Madras plague regulations in force outside the Presidency town - Volume 1
Disease focus: Plague
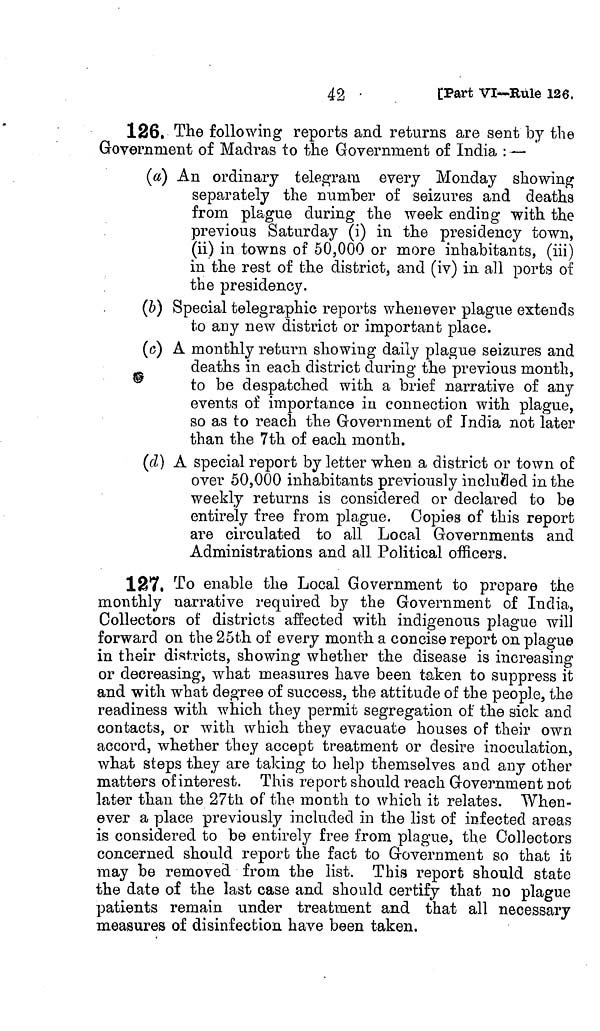
42 •
[Part VI—Rule 126.
126. The following reports and returns are sent by the
Government of Madras to the Government of India : —
(a) An ordinary telegram every Monday showing
separately the number of seizures and deaths
from plague during the week ending with the
previous Saturday (i) in the presidency town,
(ii) in towns of 50,000 or more inhabitants, (iii)
in the rest of the district, and (iv) in all ports of
the presidency.
(b) Special telegraphic reports whenever plague extends
to any new district or important place.
(c) A monthly return showing daily plague seizures and
deaths in each district during the previous month,
to be despatched with a brief narrative of any
events of importance in connection with plague,
so as to reach the Government of India not later
than the 7th of each month.
(d) A special report by letter when a district or town of
over 50,000 inhabitants previously included in the
weekly returns is considered or declared to be
entirely free from plague. Copies of this report
are circulated to all Local Governments and
Administrations and all Political officers.
127. To enable the Local Government to prepare the
monthly narrative required by the Government of India,
Collectors of districts affected with indigenous plague will
forward on the 25th of every month a concise report on plague
in their districts, showing whether the disease is increasing
or decreasing, what measures have been taken to suppress it
and with what degree of success, the attitude of the people, the
readiness with which they permit segregation of the sick and
contacts, or with which they evacuate houses of their own
accord, whether they accept treatment or desire inoculation,
what steps they are taking to help themselves and any other
matters of interest. This report should reach Government not
later than the 27th of the month to which it relates. When-
ever a place previously included in the list of infected areas
is considered to be entirely free from plague, the Collectors
concerned should report the fact to Government so that it
may be removed from the list. This report should state
the date of the last case and should certify that no plague
patients remain under treatment and that all necessary
measures of disinfection have been taken.